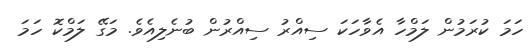
ހަމަ ކުރަމުން ލަމްހާ އެވާހަކަ ސިއްރު ސިއްރުން ބުނެލިއެވެ. މަގޭ ލަމްކޮ ހަމަ